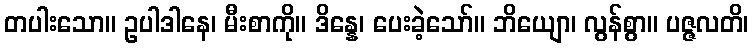
တပါးသော။ ဥပါဒါနေ၊ မီးစာကို။ ဒိန္နေ၊ ပေးခဲ့သော်။ ဘိယျော၊ လွန်စွာ။ ပဇ္ဇလတိ၊